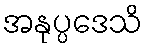
အနုပ္ပဒေသိ